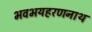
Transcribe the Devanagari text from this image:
भवभयहरणनाथ